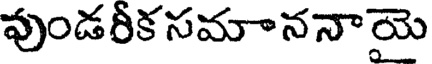
పుండరీక సమాననాయె